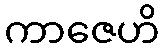
ကာဇေဟိ